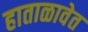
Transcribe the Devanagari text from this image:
हाताळावेत